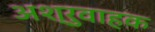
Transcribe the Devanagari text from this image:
अश्रुवाहक